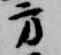
方